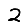
Digit: 2